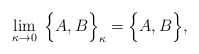
\begin{align*}\lim_{\kappa \rightarrow 0}\; \Big \{ A,B \Big \}_{\kappa} = \Big \{A,B \Big \},\end{align*}